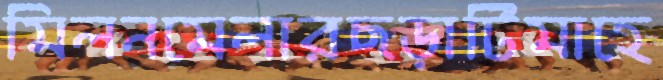
মিলনমেলারছড়াটিমাহে